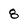
Character: 8